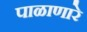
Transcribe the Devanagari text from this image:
पाळाणारे